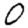
Digit: 0